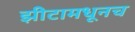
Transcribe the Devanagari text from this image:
झीटामधूनच